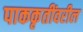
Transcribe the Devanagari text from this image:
पाककृतींवरील